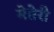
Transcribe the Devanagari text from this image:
मेतेरी